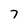
Character: 7